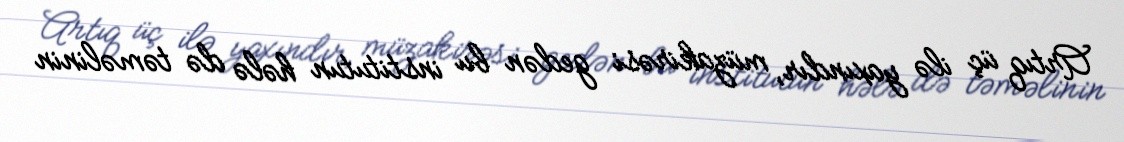
Artıq üç ilə yaxındır, müzakirəsi gedən bu institutun hələ də təməlinin